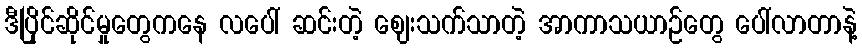
ဒီပြိုင်ဆိုင်မှုတွေကနေ လပေါ် ဆင်းတဲ့ ဈေးသက်သာတဲ့ အာကာသယာဉ်တွေ ပေါ်လာတာနဲ့